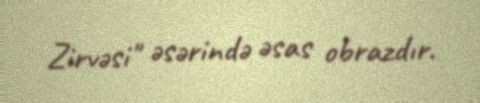
Zirvəsi" əsərində əsas obrazdır.